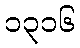
၁၃၁၆